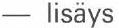
- lisäys